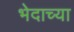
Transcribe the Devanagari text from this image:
भेदाच्या